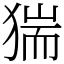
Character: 猯